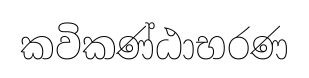
කවිකණ්ඨාභරණ